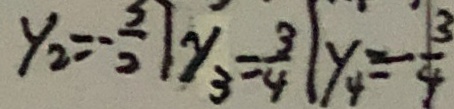
y _ { 2 } = - \frac { 3 } { 2 } \vert y _ { 3 } = \frac { 3 } { 4 } \vert y _ { 4 } = - \frac { 3 } { 4 }